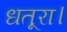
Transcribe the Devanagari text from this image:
धतूरा।